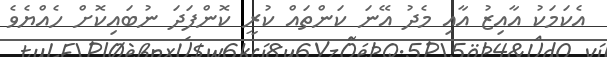
އެކަމަކު އާއިޒު އާއި މެދު އޭނަ ކަންތައް ކުރީ ކޮންފަދަ ނުބައިކޮށް ހެއްޔެވެ